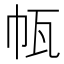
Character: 㼙